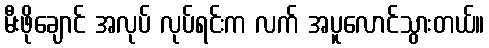
မီးဖိုချောင် အလုပ် လုပ်ရင်းက လက် အပူလောင်သွားတယ်။